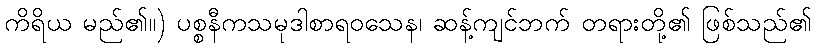
ကိရိယ မည်၏။) ပစ္စနီကသမုဒါစာရဝသေန၊ ဆန့်ကျင်ဘက် တရားတို့၏ ဖြစ်သည်၏